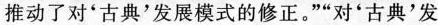
推动了对'古典'发展模式的修正。””对'古典'发